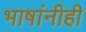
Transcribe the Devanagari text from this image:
भाषांनीही